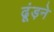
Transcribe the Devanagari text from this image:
ढूंड़ने